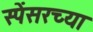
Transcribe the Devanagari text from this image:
स्पेंसरच्या